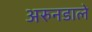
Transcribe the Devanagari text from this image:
अरुनडाले